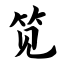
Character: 笕